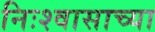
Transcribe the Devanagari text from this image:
निःश्वासाच्या